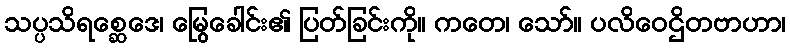
သပ္ပသိရစ္ဆေဒေ၊ မြွေခေါင်း၏ ပြတ်ခြင်းကို။ ကတေ၊ သော်။ ပလိဝေဌိတဗာဟာ၊